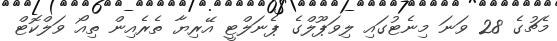
މެޗުގެ 28 ވަނަ މިނެޓުގައި ލިވަޕޫލްގެ ޕެނަލްޓީ އޭރިޔާ ތެރެއިން ތިއޯ ވަލްކޮޓް